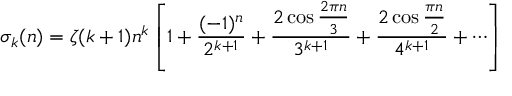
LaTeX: \sigma _ { k } ( n ) = \zeta ( k + 1 ) n ^ { k } \left[ 1 + { \frac { ( - 1 ) ^ { n } } { 2 ^ { k + 1 } } } + { \frac { 2 \cos { \frac { 2 \pi n } { 3 } } } { 3 ^ { k + 1 } } } + { \frac { 2 \cos { \frac { \pi n } { 2 } } } { 4 ^ { k + 1 } } } + \cdots \right]